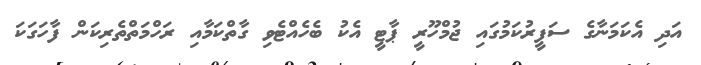
އަދި އެކަމަނާގެ ސަފީރުކަމުގައި ޖުމްހޫރީ ޕާޓީ އެކު ބެހެއްޓެވި ގާތްކަމާއި ރަހްމަތްތެރިކަން ފާހަގަކަ